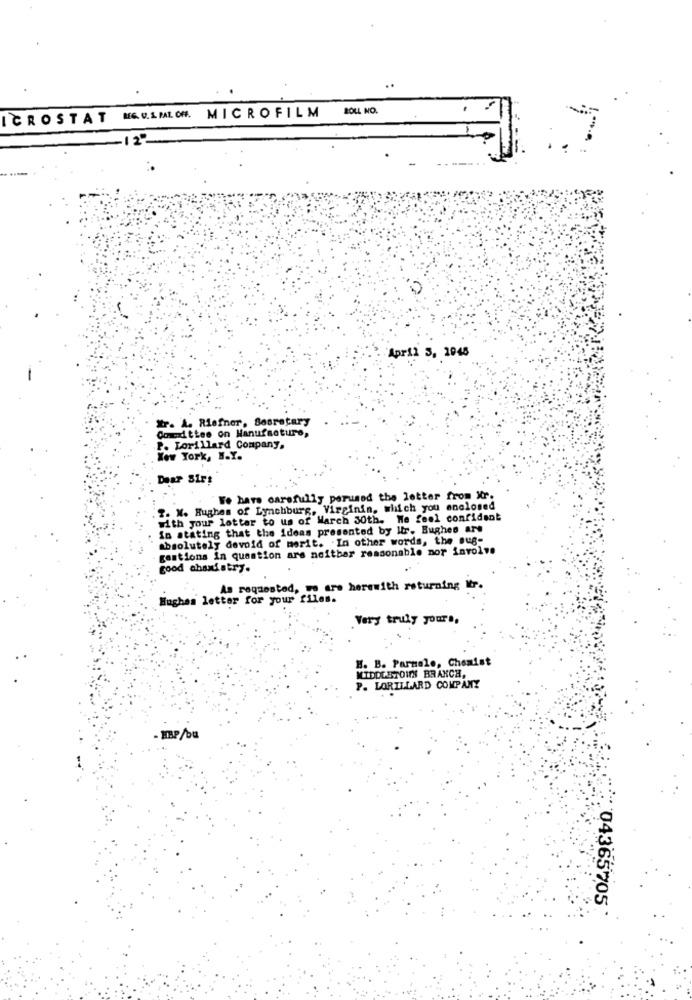
MICROFILM
BOLL NO.
ICROSTAT
MEG. U. S. PAL. OFF.
-12º
April S, 1945
Xr. A. Riefner, Secretary
Godttee on Manufacture,
P. Lorillard Company.
Wow York, N.Y.
Dear Sir!
We have carefully perused the letter from Xr.
. I. N. Hughes of Lynchburg, Virginin, which you enclosed
with your lottar to us of March 30th. We feel confident
in stating that the ideas presented by Itr. Bughes are
absolutely devoid of merit. In other words, the Bug-
gestions in question are noitbar reasonable mor involve
good chaniatry.
As requested, we are herewith returning
Hughes letter for your files.
Very truly yours,
H. B. Parmale, Chemist
MIDDLETOINI BRANCH,
P. LORILLARD COMPANY
- HBP/ou
04365705